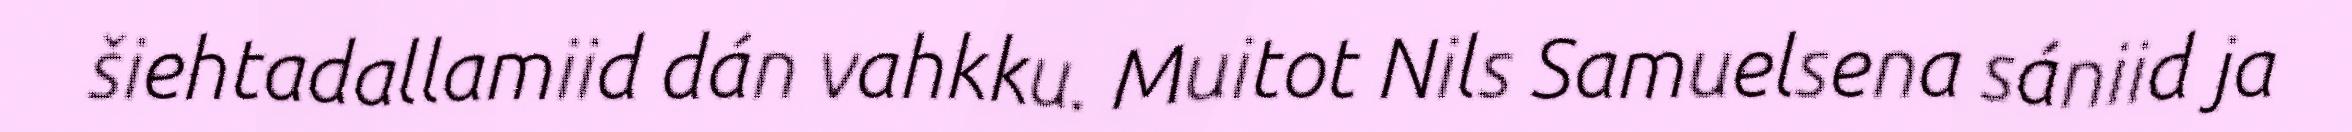
šiehtadallamiid dán vahkku. Muitot Nils Samuelsena sániid ja